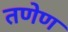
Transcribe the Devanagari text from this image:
तणेण